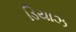
ડિયાઝ